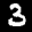
Label: 3